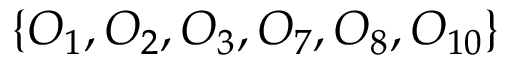
\{ O _ { 1 } , O _ { 2 } , O _ { 3 } , O _ { 7 } , O _ { 8 } , O _ { 1 0 } \}